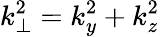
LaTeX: k_{\perp}^{2}=k_{y}^{2}+k_{z}^{2}